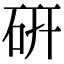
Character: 硏